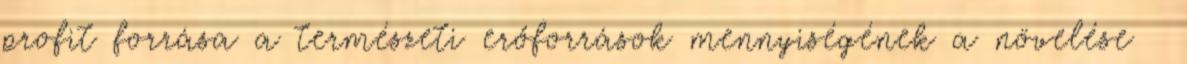
profit forrása a természeti erőforrások mennyiségének a növelése 